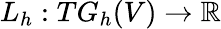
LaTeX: L_{h}:TG_{h}(V)\to\mathbb{R}